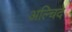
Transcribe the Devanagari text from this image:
अल्चिदे